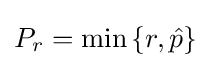
P_{r}=\min \left\lbrace r,{\hat {p}}\right\rbrace